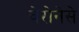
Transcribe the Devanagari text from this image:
वेरोनेसे